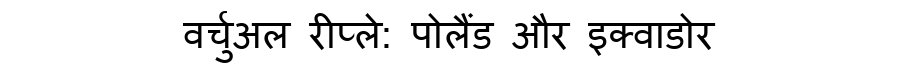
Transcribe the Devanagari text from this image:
वर्चुअल रीप्ले: पोलैंड और इक्वाडोर